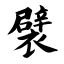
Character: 襞